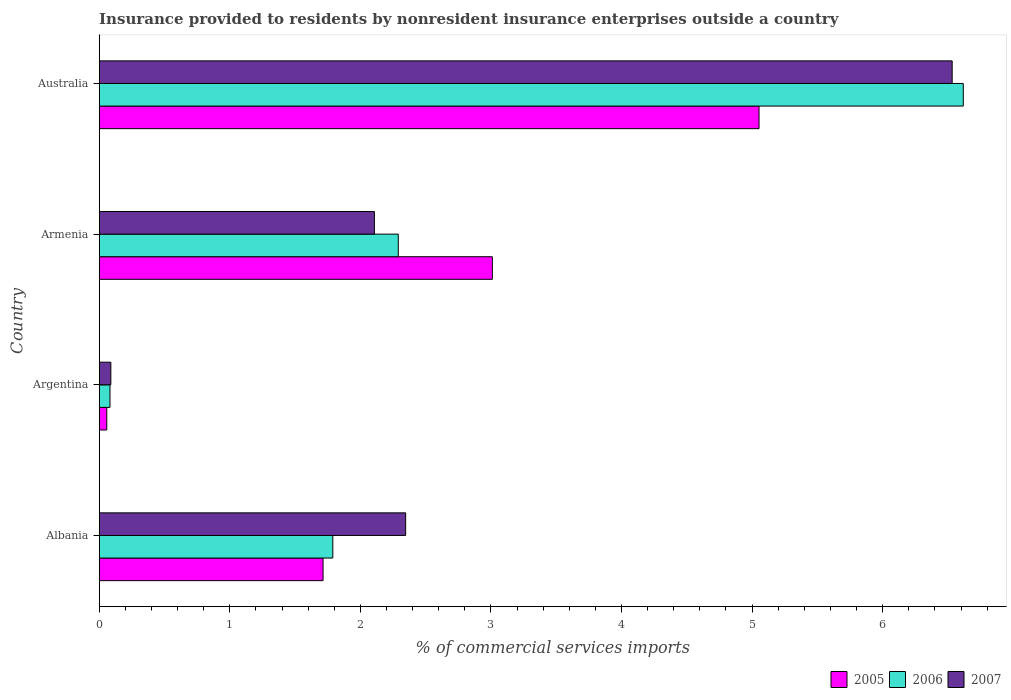
| Country | 2005 | 2006 | 2007 |
 | --- | --- | --- | --- |
 | Albania | 1.71 | 1.79 | 2.35 |
 | Argentina | 0.0579 | 0.0823 | 0.0891 |
 | Armenia | 3.01 | 2.29 | 2.11 |
 | Australia | 5.05 | 6.62 | 6.53 |